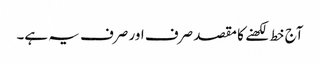
آج خط لکھنے کا مقصد صرف اور صرف یہ ہے۔